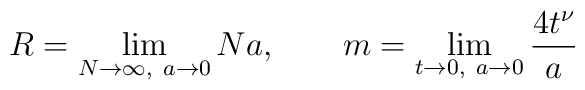
R=\lim_{N\to\infty,\ a\to 0} Na,\qquad m=\lim_{t\to 0,\ a\to 0}\frac{4t^\nu}{a}